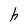
Character: h